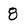
Character: 8